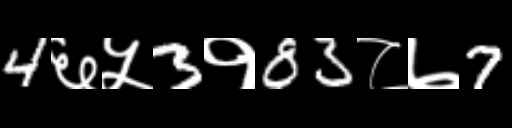
Text: 4६५3१83८७7